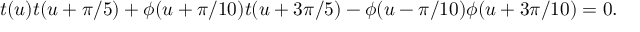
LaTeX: t ( u ) t ( u + \pi / 5 ) + \phi ( u + \pi / 1 0 ) t ( u + 3 \pi / 5 ) - \phi ( u - \pi / 1 0 ) \phi ( u + 3 \pi / 1 0 ) = 0 . \nonumber